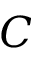
C